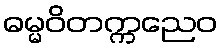
ဓမ္မဝိတက္ကညေဝ